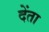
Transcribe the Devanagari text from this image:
देंता